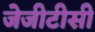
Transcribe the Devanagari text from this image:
जेजीटीसी